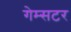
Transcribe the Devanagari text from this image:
गेम्सटर